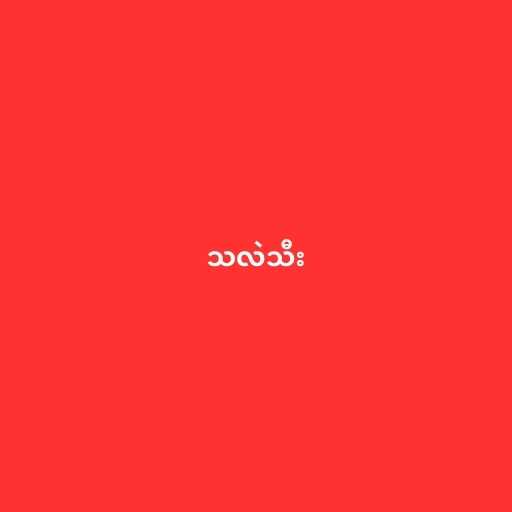
သလဲသီး